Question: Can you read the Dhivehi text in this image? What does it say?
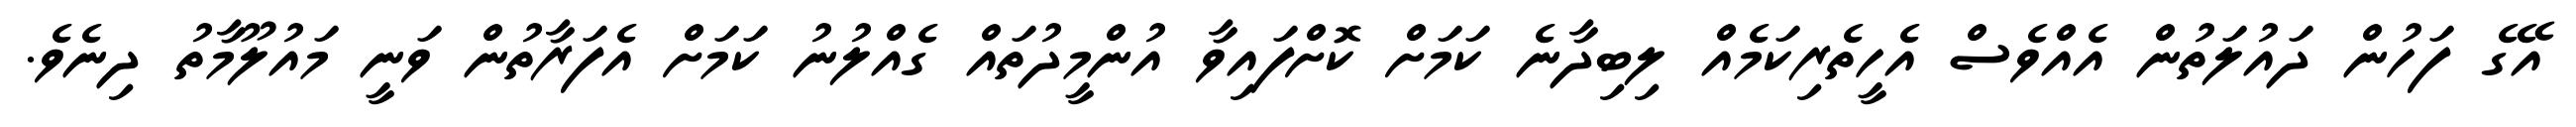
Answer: އޭގެ ފަހުން ދައުލަތުން އެއްވެސް އެހީތެރިކަމެއް ލިބިދާނެ ކަމަށް ކޮށްފައިވާ އުންމީދުތައް ގެއްލުނު ކަމަށް އެފަރާތުން ވަނީ މައުލޫމާތު ދިނެވެ.